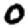
Digit: 0